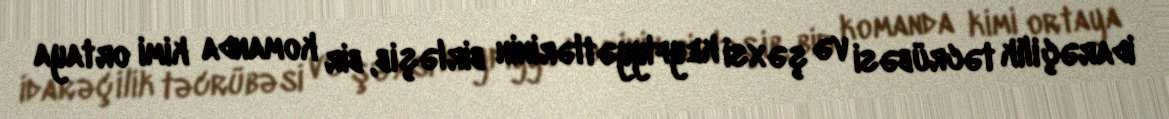
idarəçilik təcrübəsi və şəxsi keyfiyyətlərinin birləşib, bir komanda kimi ortaya